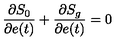
\frac { \partial S _ { 0 } } { \partial e ( t ) } + \frac { \partial S _ { g } } { \partial e ( t ) } = 0